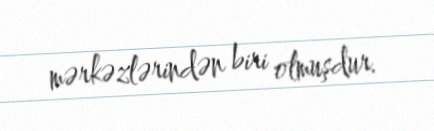
mərkəzlərindən biri olmuşdur.